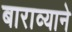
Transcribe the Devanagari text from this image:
बाराव्याने